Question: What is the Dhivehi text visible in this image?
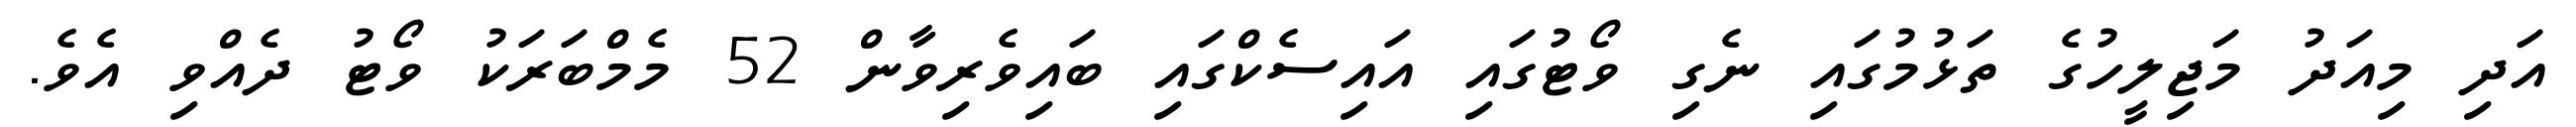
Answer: އަދި މިއަދު މަޖިލީހުގެ ތަޅުމުގައި ނެގި ވޯޓުގައި އައިސެކްގައި ބައިވެރިވާން 52 މެމްބަރަކު ވޯޓު ދެއްވި އެވެ.